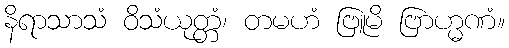
နိရာသာသံ ဝိသံယုတ္တံ၊ တမဟံ ဗြူမိ ဗြာဟ္မဏံ။